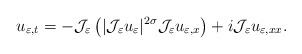
\begin{align*} u_{\varepsilon,t}=-\mathcal{J}_{\varepsilon}\left( |\mathcal{J}_{\varepsilon}u_{\varepsilon}|^{2\sigma}\mathcal{J}_{\varepsilon}u_{\varepsilon,x}\right) +i\mathcal{J}_{\varepsilon}u_{\varepsilon,xx}.\end{align*}